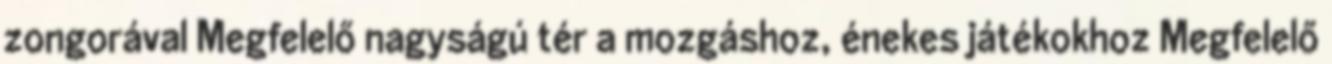
zongorával Megfelelő nagyságú tér a mozgáshoz, énekes játékokhoz Megfelelő